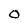
Character: O